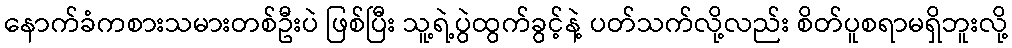
နောက်ခံကစားသမားတစ်ဦးပဲ ဖြစ်ပြီး သူ့ရဲ့ပွဲထွက်ခွင့်နဲ့ ပတ်သက်လို့လည်း စိတ်ပူစရာမရှိဘူးလို့